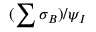
( \sum \sigma _ { B } ) / \psi _ { I }